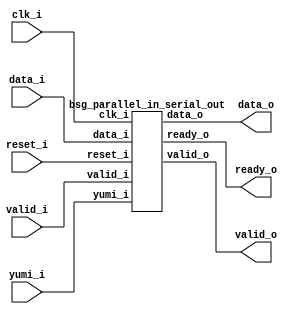


module top
(
  clk_i,
  reset_i,
  valid_i,
  data_i,
  ready_o,
  valid_o,
  data_o,
  yumi_i
);

  input [511:0] data_i;
  output [15:0] data_o;
  input clk_i;
  input reset_i;
  input valid_i;
  input yumi_i;
  output ready_o;
  output valid_o;

  bsg_parallel_in_serial_out
  wrapper
  (
    .data_i(data_i),
    .data_o(data_o),
    .clk_i(clk_i),
    .reset_i(reset_i),
    .valid_i(valid_i),
    .yumi_i(yumi_i),
    .ready_o(ready_o),
    .valid_o(valid_o)
  );


endmodule



module bsg_parallel_in_serial_out
(
  clk_i,
  reset_i,
  valid_i,
  data_i,
  ready_o,
  valid_o,
  data_o,
  yumi_i
);

  input [511:0] data_i;
  output [15:0] data_o;
  input clk_i;
  input reset_i;
  input valid_i;
  input yumi_i;
  output ready_o;
  output valid_o;
  wire [15:0] data_o;
  wire ready_o,N0,N1,piso_done_tx_n,N2,N3,N4,N5,N6,N7,N8,N9,N10,N11,N12,N13,N14,N15,
  N16,N17,N18,N19,N20,N21,N22,N23,N24,N25,N26,N27,N28,N29,N30,N31,N32,N33,N34,N35,
  N36,N37,N38,N39,N40,N41,N42,N43,N44,N45,N46,N47,N48,N49,N50,N51,N52,N53,N54,N55,
  N56,N57,N58,N59,N60,N61,N62,N63,N64,N65,N66,N67,N68,N69,N70,N71,N72,N73,N74,N75,
  N76,N77,N78,N79,N80,N81,N82,N83,N84,N85,N86,N87,N88,N89,N90,N91,N92,N93,N94,N95;
  wire [0:0] piso_state_n;
  reg valid_o;
  reg [511:0] piso_data_r;
  reg [4:0] piso_shift_ctr_r;
  assign data_o[15] = (N54)? piso_data_r[15] : 
                      (N56)? piso_data_r[31] : 
                      (N58)? piso_data_r[47] : 
                      (N60)? piso_data_r[63] : 
                      (N62)? piso_data_r[79] : 
                      (N64)? piso_data_r[95] : 
                      (N66)? piso_data_r[111] : 
                      (N68)? piso_data_r[127] : 
                      (N70)? piso_data_r[143] : 
                      (N72)? piso_data_r[159] : 
                      (N74)? piso_data_r[175] : 
                      (N76)? piso_data_r[191] : 
                      (N78)? piso_data_r[207] : 
                      (N80)? piso_data_r[223] : 
                      (N82)? piso_data_r[239] : 
                      (N84)? piso_data_r[255] : 
                      (N55)? piso_data_r[271] : 
                      (N57)? piso_data_r[287] : 
                      (N59)? piso_data_r[303] : 
                      (N61)? piso_data_r[319] : 
                      (N63)? piso_data_r[335] : 
                      (N65)? piso_data_r[351] : 
                      (N67)? piso_data_r[367] : 
                      (N69)? piso_data_r[383] : 
                      (N71)? piso_data_r[399] : 
                      (N73)? piso_data_r[415] : 
                      (N75)? piso_data_r[431] : 
                      (N77)? piso_data_r[447] : 
                      (N79)? piso_data_r[463] : 
                      (N81)? piso_data_r[479] : 
                      (N83)? piso_data_r[495] : 
                      (N85)? piso_data_r[511] : 1'b0;
  assign data_o[14] = (N54)? piso_data_r[14] : 
                      (N56)? piso_data_r[30] : 
                      (N58)? piso_data_r[46] : 
                      (N60)? piso_data_r[62] : 
                      (N62)? piso_data_r[78] : 
                      (N64)? piso_data_r[94] : 
                      (N66)? piso_data_r[110] : 
                      (N68)? piso_data_r[126] : 
                      (N70)? piso_data_r[142] : 
                      (N72)? piso_data_r[158] : 
                      (N74)? piso_data_r[174] : 
                      (N76)? piso_data_r[190] : 
                      (N78)? piso_data_r[206] : 
                      (N80)? piso_data_r[222] : 
                      (N82)? piso_data_r[238] : 
                      (N84)? piso_data_r[254] : 
                      (N55)? piso_data_r[270] : 
                      (N57)? piso_data_r[286] : 
                      (N59)? piso_data_r[302] : 
                      (N61)? piso_data_r[318] : 
                      (N63)? piso_data_r[334] : 
                      (N65)? piso_data_r[350] : 
                      (N67)? piso_data_r[366] : 
                      (N69)? piso_data_r[382] : 
                      (N71)? piso_data_r[398] : 
                      (N73)? piso_data_r[414] : 
                      (N75)? piso_data_r[430] : 
                      (N77)? piso_data_r[446] : 
                      (N79)? piso_data_r[462] : 
                      (N81)? piso_data_r[478] : 
                      (N83)? piso_data_r[494] : 
                      (N85)? piso_data_r[510] : 1'b0;
  assign data_o[13] = (N54)? piso_data_r[13] : 
                      (N56)? piso_data_r[29] : 
                      (N58)? piso_data_r[45] : 
                      (N60)? piso_data_r[61] : 
                      (N62)? piso_data_r[77] : 
                      (N64)? piso_data_r[93] : 
                      (N66)? piso_data_r[109] : 
                      (N68)? piso_data_r[125] : 
                      (N70)? piso_data_r[141] : 
                      (N72)? piso_data_r[157] : 
                      (N74)? piso_data_r[173] : 
                      (N76)? piso_data_r[189] : 
                      (N78)? piso_data_r[205] : 
                      (N80)? piso_data_r[221] : 
                      (N82)? piso_data_r[237] : 
                      (N84)? piso_data_r[253] : 
                      (N55)? piso_data_r[269] : 
                      (N57)? piso_data_r[285] : 
                      (N59)? piso_data_r[301] : 
                      (N61)? piso_data_r[317] : 
                      (N63)? piso_data_r[333] : 
                      (N65)? piso_data_r[349] : 
                      (N67)? piso_data_r[365] : 
                      (N69)? piso_data_r[381] : 
                      (N71)? piso_data_r[397] : 
                      (N73)? piso_data_r[413] : 
                      (N75)? piso_data_r[429] : 
                      (N77)? piso_data_r[445] : 
                      (N79)? piso_data_r[461] : 
                      (N81)? piso_data_r[477] : 
                      (N83)? piso_data_r[493] : 
                      (N85)? piso_data_r[509] : 1'b0;
  assign data_o[12] = (N54)? piso_data_r[12] : 
                      (N56)? piso_data_r[28] : 
                      (N58)? piso_data_r[44] : 
                      (N60)? piso_data_r[60] : 
                      (N62)? piso_data_r[76] : 
                      (N64)? piso_data_r[92] : 
                      (N66)? piso_data_r[108] : 
                      (N68)? piso_data_r[124] : 
                      (N70)? piso_data_r[140] : 
                      (N72)? piso_data_r[156] : 
                      (N74)? piso_data_r[172] : 
                      (N76)? piso_data_r[188] : 
                      (N78)? piso_data_r[204] : 
                      (N80)? piso_data_r[220] : 
                      (N82)? piso_data_r[236] : 
                      (N84)? piso_data_r[252] : 
                      (N55)? piso_data_r[268] : 
                      (N57)? piso_data_r[284] : 
                      (N59)? piso_data_r[300] : 
                      (N61)? piso_data_r[316] : 
                      (N63)? piso_data_r[332] : 
                      (N65)? piso_data_r[348] : 
                      (N67)? piso_data_r[364] : 
                      (N69)? piso_data_r[380] : 
                      (N71)? piso_data_r[396] : 
                      (N73)? piso_data_r[412] : 
                      (N75)? piso_data_r[428] : 
                      (N77)? piso_data_r[444] : 
                      (N79)? piso_data_r[460] : 
                      (N81)? piso_data_r[476] : 
                      (N83)? piso_data_r[492] : 
                      (N85)? piso_data_r[508] : 1'b0;
  assign data_o[11] = (N54)? piso_data_r[11] : 
                      (N56)? piso_data_r[27] : 
                      (N58)? piso_data_r[43] : 
                      (N60)? piso_data_r[59] : 
                      (N62)? piso_data_r[75] : 
                      (N64)? piso_data_r[91] : 
                      (N66)? piso_data_r[107] : 
                      (N68)? piso_data_r[123] : 
                      (N70)? piso_data_r[139] : 
                      (N72)? piso_data_r[155] : 
                      (N74)? piso_data_r[171] : 
                      (N76)? piso_data_r[187] : 
                      (N78)? piso_data_r[203] : 
                      (N80)? piso_data_r[219] : 
                      (N82)? piso_data_r[235] : 
                      (N84)? piso_data_r[251] : 
                      (N55)? piso_data_r[267] : 
                      (N57)? piso_data_r[283] : 
                      (N59)? piso_data_r[299] : 
                      (N61)? piso_data_r[315] : 
                      (N63)? piso_data_r[331] : 
                      (N65)? piso_data_r[347] : 
                      (N67)? piso_data_r[363] : 
                      (N69)? piso_data_r[379] : 
                      (N71)? piso_data_r[395] : 
                      (N73)? piso_data_r[411] : 
                      (N75)? piso_data_r[427] : 
                      (N77)? piso_data_r[443] : 
                      (N79)? piso_data_r[459] : 
                      (N81)? piso_data_r[475] : 
                      (N83)? piso_data_r[491] : 
                      (N85)? piso_data_r[507] : 1'b0;
  assign data_o[10] = (N54)? piso_data_r[10] : 
                      (N56)? piso_data_r[26] : 
                      (N58)? piso_data_r[42] : 
                      (N60)? piso_data_r[58] : 
                      (N62)? piso_data_r[74] : 
                      (N64)? piso_data_r[90] : 
                      (N66)? piso_data_r[106] : 
                      (N68)? piso_data_r[122] : 
                      (N70)? piso_data_r[138] : 
                      (N72)? piso_data_r[154] : 
                      (N74)? piso_data_r[170] : 
                      (N76)? piso_data_r[186] : 
                      (N78)? piso_data_r[202] : 
                      (N80)? piso_data_r[218] : 
                      (N82)? piso_data_r[234] : 
                      (N84)? piso_data_r[250] : 
                      (N55)? piso_data_r[266] : 
                      (N57)? piso_data_r[282] : 
                      (N59)? piso_data_r[298] : 
                      (N61)? piso_data_r[314] : 
                      (N63)? piso_data_r[330] : 
                      (N65)? piso_data_r[346] : 
                      (N67)? piso_data_r[362] : 
                      (N69)? piso_data_r[378] : 
                      (N71)? piso_data_r[394] : 
                      (N73)? piso_data_r[410] : 
                      (N75)? piso_data_r[426] : 
                      (N77)? piso_data_r[442] : 
                      (N79)? piso_data_r[458] : 
                      (N81)? piso_data_r[474] : 
                      (N83)? piso_data_r[490] : 
                      (N85)? piso_data_r[506] : 1'b0;
  assign data_o[9] = (N54)? piso_data_r[9] : 
                     (N56)? piso_data_r[25] : 
                     (N58)? piso_data_r[41] : 
                     (N60)? piso_data_r[57] : 
                     (N62)? piso_data_r[73] : 
                     (N64)? piso_data_r[89] : 
                     (N66)? piso_data_r[105] : 
                     (N68)? piso_data_r[121] : 
                     (N70)? piso_data_r[137] : 
                     (N72)? piso_data_r[153] : 
                     (N74)? piso_data_r[169] : 
                     (N76)? piso_data_r[185] : 
                     (N78)? piso_data_r[201] : 
                     (N80)? piso_data_r[217] : 
                     (N82)? piso_data_r[233] : 
                     (N84)? piso_data_r[249] : 
                     (N55)? piso_data_r[265] : 
                     (N57)? piso_data_r[281] : 
                     (N59)? piso_data_r[297] : 
                     (N61)? piso_data_r[313] : 
                     (N63)? piso_data_r[329] : 
                     (N65)? piso_data_r[345] : 
                     (N67)? piso_data_r[361] : 
                     (N69)? piso_data_r[377] : 
                     (N71)? piso_data_r[393] : 
                     (N73)? piso_data_r[409] : 
                     (N75)? piso_data_r[425] : 
                     (N77)? piso_data_r[441] : 
                     (N79)? piso_data_r[457] : 
                     (N81)? piso_data_r[473] : 
                     (N83)? piso_data_r[489] : 
                     (N85)? piso_data_r[505] : 1'b0;
  assign data_o[8] = (N54)? piso_data_r[8] : 
                     (N56)? piso_data_r[24] : 
                     (N58)? piso_data_r[40] : 
                     (N60)? piso_data_r[56] : 
                     (N62)? piso_data_r[72] : 
                     (N64)? piso_data_r[88] : 
                     (N66)? piso_data_r[104] : 
                     (N68)? piso_data_r[120] : 
                     (N70)? piso_data_r[136] : 
                     (N72)? piso_data_r[152] : 
                     (N74)? piso_data_r[168] : 
                     (N76)? piso_data_r[184] : 
                     (N78)? piso_data_r[200] : 
                     (N80)? piso_data_r[216] : 
                     (N82)? piso_data_r[232] : 
                     (N84)? piso_data_r[248] : 
                     (N55)? piso_data_r[264] : 
                     (N57)? piso_data_r[280] : 
                     (N59)? piso_data_r[296] : 
                     (N61)? piso_data_r[312] : 
                     (N63)? piso_data_r[328] : 
                     (N65)? piso_data_r[344] : 
                     (N67)? piso_data_r[360] : 
                     (N69)? piso_data_r[376] : 
                     (N71)? piso_data_r[392] : 
                     (N73)? piso_data_r[408] : 
                     (N75)? piso_data_r[424] : 
                     (N77)? piso_data_r[440] : 
                     (N79)? piso_data_r[456] : 
                     (N81)? piso_data_r[472] : 
                     (N83)? piso_data_r[488] : 
                     (N85)? piso_data_r[504] : 1'b0;
  assign data_o[7] = (N54)? piso_data_r[7] : 
                     (N56)? piso_data_r[23] : 
                     (N58)? piso_data_r[39] : 
                     (N60)? piso_data_r[55] : 
                     (N62)? piso_data_r[71] : 
                     (N64)? piso_data_r[87] : 
                     (N66)? piso_data_r[103] : 
                     (N68)? piso_data_r[119] : 
                     (N70)? piso_data_r[135] : 
                     (N72)? piso_data_r[151] : 
                     (N74)? piso_data_r[167] : 
                     (N76)? piso_data_r[183] : 
                     (N78)? piso_data_r[199] : 
                     (N80)? piso_data_r[215] : 
                     (N82)? piso_data_r[231] : 
                     (N84)? piso_data_r[247] : 
                     (N55)? piso_data_r[263] : 
                     (N57)? piso_data_r[279] : 
                     (N59)? piso_data_r[295] : 
                     (N61)? piso_data_r[311] : 
                     (N63)? piso_data_r[327] : 
                     (N65)? piso_data_r[343] : 
                     (N67)? piso_data_r[359] : 
                     (N69)? piso_data_r[375] : 
                     (N71)? piso_data_r[391] : 
                     (N73)? piso_data_r[407] : 
                     (N75)? piso_data_r[423] : 
                     (N77)? piso_data_r[439] : 
                     (N79)? piso_data_r[455] : 
                     (N81)? piso_data_r[471] : 
                     (N83)? piso_data_r[487] : 
                     (N85)? piso_data_r[503] : 1'b0;
  assign data_o[6] = (N54)? piso_data_r[6] : 
                     (N56)? piso_data_r[22] : 
                     (N58)? piso_data_r[38] : 
                     (N60)? piso_data_r[54] : 
                     (N62)? piso_data_r[70] : 
                     (N64)? piso_data_r[86] : 
                     (N66)? piso_data_r[102] : 
                     (N68)? piso_data_r[118] : 
                     (N70)? piso_data_r[134] : 
                     (N72)? piso_data_r[150] : 
                     (N74)? piso_data_r[166] : 
                     (N76)? piso_data_r[182] : 
                     (N78)? piso_data_r[198] : 
                     (N80)? piso_data_r[214] : 
                     (N82)? piso_data_r[230] : 
                     (N84)? piso_data_r[246] : 
                     (N55)? piso_data_r[262] : 
                     (N57)? piso_data_r[278] : 
                     (N59)? piso_data_r[294] : 
                     (N61)? piso_data_r[310] : 
                     (N63)? piso_data_r[326] : 
                     (N65)? piso_data_r[342] : 
                     (N67)? piso_data_r[358] : 
                     (N69)? piso_data_r[374] : 
                     (N71)? piso_data_r[390] : 
                     (N73)? piso_data_r[406] : 
                     (N75)? piso_data_r[422] : 
                     (N77)? piso_data_r[438] : 
                     (N79)? piso_data_r[454] : 
                     (N81)? piso_data_r[470] : 
                     (N83)? piso_data_r[486] : 
                     (N85)? piso_data_r[502] : 1'b0;
  assign data_o[5] = (N54)? piso_data_r[5] : 
                     (N56)? piso_data_r[21] : 
                     (N58)? piso_data_r[37] : 
                     (N60)? piso_data_r[53] : 
                     (N62)? piso_data_r[69] : 
                     (N64)? piso_data_r[85] : 
                     (N66)? piso_data_r[101] : 
                     (N68)? piso_data_r[117] : 
                     (N70)? piso_data_r[133] : 
                     (N72)? piso_data_r[149] : 
                     (N74)? piso_data_r[165] : 
                     (N76)? piso_data_r[181] : 
                     (N78)? piso_data_r[197] : 
                     (N80)? piso_data_r[213] : 
                     (N82)? piso_data_r[229] : 
                     (N84)? piso_data_r[245] : 
                     (N55)? piso_data_r[261] : 
                     (N57)? piso_data_r[277] : 
                     (N59)? piso_data_r[293] : 
                     (N61)? piso_data_r[309] : 
                     (N63)? piso_data_r[325] : 
                     (N65)? piso_data_r[341] : 
                     (N67)? piso_data_r[357] : 
                     (N69)? piso_data_r[373] : 
                     (N71)? piso_data_r[389] : 
                     (N73)? piso_data_r[405] : 
                     (N75)? piso_data_r[421] : 
                     (N77)? piso_data_r[437] : 
                     (N79)? piso_data_r[453] : 
                     (N81)? piso_data_r[469] : 
                     (N83)? piso_data_r[485] : 
                     (N85)? piso_data_r[501] : 1'b0;
  assign data_o[4] = (N54)? piso_data_r[4] : 
                     (N56)? piso_data_r[20] : 
                     (N58)? piso_data_r[36] : 
                     (N60)? piso_data_r[52] : 
                     (N62)? piso_data_r[68] : 
                     (N64)? piso_data_r[84] : 
                     (N66)? piso_data_r[100] : 
                     (N68)? piso_data_r[116] : 
                     (N70)? piso_data_r[132] : 
                     (N72)? piso_data_r[148] : 
                     (N74)? piso_data_r[164] : 
                     (N76)? piso_data_r[180] : 
                     (N78)? piso_data_r[196] : 
                     (N80)? piso_data_r[212] : 
                     (N82)? piso_data_r[228] : 
                     (N84)? piso_data_r[244] : 
                     (N55)? piso_data_r[260] : 
                     (N57)? piso_data_r[276] : 
                     (N59)? piso_data_r[292] : 
                     (N61)? piso_data_r[308] : 
                     (N63)? piso_data_r[324] : 
                     (N65)? piso_data_r[340] : 
                     (N67)? piso_data_r[356] : 
                     (N69)? piso_data_r[372] : 
                     (N71)? piso_data_r[388] : 
                     (N73)? piso_data_r[404] : 
                     (N75)? piso_data_r[420] : 
                     (N77)? piso_data_r[436] : 
                     (N79)? piso_data_r[452] : 
                     (N81)? piso_data_r[468] : 
                     (N83)? piso_data_r[484] : 
                     (N85)? piso_data_r[500] : 1'b0;
  assign data_o[3] = (N54)? piso_data_r[3] : 
                     (N56)? piso_data_r[19] : 
                     (N58)? piso_data_r[35] : 
                     (N60)? piso_data_r[51] : 
                     (N62)? piso_data_r[67] : 
                     (N64)? piso_data_r[83] : 
                     (N66)? piso_data_r[99] : 
                     (N68)? piso_data_r[115] : 
                     (N70)? piso_data_r[131] : 
                     (N72)? piso_data_r[147] : 
                     (N74)? piso_data_r[163] : 
                     (N76)? piso_data_r[179] : 
                     (N78)? piso_data_r[195] : 
                     (N80)? piso_data_r[211] : 
                     (N82)? piso_data_r[227] : 
                     (N84)? piso_data_r[243] : 
                     (N55)? piso_data_r[259] : 
                     (N57)? piso_data_r[275] : 
                     (N59)? piso_data_r[291] : 
                     (N61)? piso_data_r[307] : 
                     (N63)? piso_data_r[323] : 
                     (N65)? piso_data_r[339] : 
                     (N67)? piso_data_r[355] : 
                     (N69)? piso_data_r[371] : 
                     (N71)? piso_data_r[387] : 
                     (N73)? piso_data_r[403] : 
                     (N75)? piso_data_r[419] : 
                     (N77)? piso_data_r[435] : 
                     (N79)? piso_data_r[451] : 
                     (N81)? piso_data_r[467] : 
                     (N83)? piso_data_r[483] : 
                     (N85)? piso_data_r[499] : 1'b0;
  assign data_o[2] = (N54)? piso_data_r[2] : 
                     (N56)? piso_data_r[18] : 
                     (N58)? piso_data_r[34] : 
                     (N60)? piso_data_r[50] : 
                     (N62)? piso_data_r[66] : 
                     (N64)? piso_data_r[82] : 
                     (N66)? piso_data_r[98] : 
                     (N68)? piso_data_r[114] : 
                     (N70)? piso_data_r[130] : 
                     (N72)? piso_data_r[146] : 
                     (N74)? piso_data_r[162] : 
                     (N76)? piso_data_r[178] : 
                     (N78)? piso_data_r[194] : 
                     (N80)? piso_data_r[210] : 
                     (N82)? piso_data_r[226] : 
                     (N84)? piso_data_r[242] : 
                     (N55)? piso_data_r[258] : 
                     (N57)? piso_data_r[274] : 
                     (N59)? piso_data_r[290] : 
                     (N61)? piso_data_r[306] : 
                     (N63)? piso_data_r[322] : 
                     (N65)? piso_data_r[338] : 
                     (N67)? piso_data_r[354] : 
                     (N69)? piso_data_r[370] : 
                     (N71)? piso_data_r[386] : 
                     (N73)? piso_data_r[402] : 
                     (N75)? piso_data_r[418] : 
                     (N77)? piso_data_r[434] : 
                     (N79)? piso_data_r[450] : 
                     (N81)? piso_data_r[466] : 
                     (N83)? piso_data_r[482] : 
                     (N85)? piso_data_r[498] : 1'b0;
  assign data_o[1] = (N54)? piso_data_r[1] : 
                     (N56)? piso_data_r[17] : 
                     (N58)? piso_data_r[33] : 
                     (N60)? piso_data_r[49] : 
                     (N62)? piso_data_r[65] : 
                     (N64)? piso_data_r[81] : 
                     (N66)? piso_data_r[97] : 
                     (N68)? piso_data_r[113] : 
                     (N70)? piso_data_r[129] : 
                     (N72)? piso_data_r[145] : 
                     (N74)? piso_data_r[161] : 
                     (N76)? piso_data_r[177] : 
                     (N78)? piso_data_r[193] : 
                     (N80)? piso_data_r[209] : 
                     (N82)? piso_data_r[225] : 
                     (N84)? piso_data_r[241] : 
                     (N55)? piso_data_r[257] : 
                     (N57)? piso_data_r[273] : 
                     (N59)? piso_data_r[289] : 
                     (N61)? piso_data_r[305] : 
                     (N63)? piso_data_r[321] : 
                     (N65)? piso_data_r[337] : 
                     (N67)? piso_data_r[353] : 
                     (N69)? piso_data_r[369] : 
                     (N71)? piso_data_r[385] : 
                     (N73)? piso_data_r[401] : 
                     (N75)? piso_data_r[417] : 
                     (N77)? piso_data_r[433] : 
                     (N79)? piso_data_r[449] : 
                     (N81)? piso_data_r[465] : 
                     (N83)? piso_data_r[481] : 
                     (N85)? piso_data_r[497] : 1'b0;
  assign data_o[0] = (N54)? piso_data_r[0] : 
                     (N56)? piso_data_r[16] : 
                     (N58)? piso_data_r[32] : 
                     (N60)? piso_data_r[48] : 
                     (N62)? piso_data_r[64] : 
                     (N64)? piso_data_r[80] : 
                     (N66)? piso_data_r[96] : 
                     (N68)? piso_data_r[112] : 
                     (N70)? piso_data_r[128] : 
                     (N72)? piso_data_r[144] : 
                     (N74)? piso_data_r[160] : 
                     (N76)? piso_data_r[176] : 
                     (N78)? piso_data_r[192] : 
                     (N80)? piso_data_r[208] : 
                     (N82)? piso_data_r[224] : 
                     (N84)? piso_data_r[240] : 
                     (N55)? piso_data_r[256] : 
                     (N57)? piso_data_r[272] : 
                     (N59)? piso_data_r[288] : 
                     (N61)? piso_data_r[304] : 
                     (N63)? piso_data_r[320] : 
                     (N65)? piso_data_r[336] : 
                     (N67)? piso_data_r[352] : 
                     (N69)? piso_data_r[368] : 
                     (N71)? piso_data_r[384] : 
                     (N73)? piso_data_r[400] : 
                     (N75)? piso_data_r[416] : 
                     (N77)? piso_data_r[432] : 
                     (N79)? piso_data_r[448] : 
                     (N81)? piso_data_r[464] : 
                     (N83)? piso_data_r[480] : 
                     (N85)? piso_data_r[496] : 1'b0;
  assign N88 = ~valid_o;
  assign N89 = piso_shift_ctr_r[3] & piso_shift_ctr_r[4];
  assign N90 = piso_shift_ctr_r[2] & N89;
  assign N91 = piso_shift_ctr_r[1] & N90;
  assign N92 = piso_shift_ctr_r[0] & N91;
  assign { N20, N19, N18, N17, N16 } = piso_shift_ctr_r + 1'b1;
  assign piso_state_n[0] = (N0)? 1'b1 : 
                           (N5)? 1'b0 : 1'b0;
  assign N0 = N2;
  assign { N13, N12, N11, N10, N9 } = (N1)? { 1'b0, 1'b0, 1'b0, 1'b0, 1'b0 } : 
                                      (N8)? { N20, N19, N18, N17, N16 } : 1'b0;
  assign N1 = N7;
  assign piso_done_tx_n = N93 & yumi_i;
  assign N93 = valid_o & N92;
  assign ready_o = N88 | piso_done_tx_n;
  assign N2 = ready_o & valid_i;
  assign N3 = piso_done_tx_n | N2;
  assign N4 = ~N2;
  assign N5 = piso_done_tx_n & N4;
  assign N6 = ready_o & valid_i;
  assign N7 = ready_o & valid_i;
  assign N8 = ~N7;
  assign N14 = N94 & N95;
  assign N94 = valid_o & yumi_i;
  assign N95 = ~piso_done_tx_n;
  assign N15 = ~N14;
  assign N21 = ~piso_shift_ctr_r[0];
  assign N22 = ~piso_shift_ctr_r[1];
  assign N23 = N21 & N22;
  assign N24 = N21 & piso_shift_ctr_r[1];
  assign N25 = piso_shift_ctr_r[0] & N22;
  assign N26 = piso_shift_ctr_r[0] & piso_shift_ctr_r[1];
  assign N27 = ~piso_shift_ctr_r[2];
  assign N28 = N23 & N27;
  assign N29 = N23 & piso_shift_ctr_r[2];
  assign N30 = N25 & N27;
  assign N31 = N25 & piso_shift_ctr_r[2];
  assign N32 = N24 & N27;
  assign N33 = N24 & piso_shift_ctr_r[2];
  assign N34 = N26 & N27;
  assign N35 = N26 & piso_shift_ctr_r[2];
  assign N36 = ~piso_shift_ctr_r[3];
  assign N37 = N28 & N36;
  assign N38 = N28 & piso_shift_ctr_r[3];
  assign N39 = N30 & N36;
  assign N40 = N30 & piso_shift_ctr_r[3];
  assign N41 = N32 & N36;
  assign N42 = N32 & piso_shift_ctr_r[3];
  assign N43 = N34 & N36;
  assign N44 = N34 & piso_shift_ctr_r[3];
  assign N45 = N29 & N36;
  assign N46 = N29 & piso_shift_ctr_r[3];
  assign N47 = N31 & N36;
  assign N48 = N31 & piso_shift_ctr_r[3];
  assign N49 = N33 & N36;
  assign N50 = N33 & piso_shift_ctr_r[3];
  assign N51 = N35 & N36;
  assign N52 = N35 & piso_shift_ctr_r[3];
  assign N53 = ~piso_shift_ctr_r[4];
  assign N54 = N37 & N53;
  assign N55 = N37 & piso_shift_ctr_r[4];
  assign N56 = N39 & N53;
  assign N57 = N39 & piso_shift_ctr_r[4];
  assign N58 = N41 & N53;
  assign N59 = N41 & piso_shift_ctr_r[4];
  assign N60 = N43 & N53;
  assign N61 = N43 & piso_shift_ctr_r[4];
  assign N62 = N45 & N53;
  assign N63 = N45 & piso_shift_ctr_r[4];
  assign N64 = N47 & N53;
  assign N65 = N47 & piso_shift_ctr_r[4];
  assign N66 = N49 & N53;
  assign N67 = N49 & piso_shift_ctr_r[4];
  assign N68 = N51 & N53;
  assign N69 = N51 & piso_shift_ctr_r[4];
  assign N70 = N38 & N53;
  assign N71 = N38 & piso_shift_ctr_r[4];
  assign N72 = N40 & N53;
  assign N73 = N40 & piso_shift_ctr_r[4];
  assign N74 = N42 & N53;
  assign N75 = N42 & piso_shift_ctr_r[4];
  assign N76 = N44 & N53;
  assign N77 = N44 & piso_shift_ctr_r[4];
  assign N78 = N46 & N53;
  assign N79 = N46 & piso_shift_ctr_r[4];
  assign N80 = N48 & N53;
  assign N81 = N48 & piso_shift_ctr_r[4];
  assign N82 = N50 & N53;
  assign N83 = N50 & piso_shift_ctr_r[4];
  assign N84 = N52 & N53;
  assign N85 = N52 & piso_shift_ctr_r[4];
  assign N86 = N15 & N8;
  assign N87 = ~N86;

  always @(posedge clk_i) begin
    if(reset_i) begin
      valid_o <= 1'b0;
    end else if(N3) begin
      valid_o <= piso_state_n[0];
    end 
    if(reset_i) begin
      { piso_data_r[511:0] } <= { 1'b0, 1'b0, 1'b0, 1'b0, 1'b0, 1'b0, 1'b0, 1'b0, 1'b0, 1'b0, 1'b0, 1'b0, 1'b0, 1'b0, 1'b0, 1'b0, 1'b0, 1'b0, 1'b0, 1'b0, 1'b0, 1'b0, 1'b0, 1'b0, 1'b0, 1'b0, 1'b0, 1'b0, 1'b0, 1'b0, 1'b0, 1'b0, 1'b0, 1'b0, 1'b0, 1'b0, 1'b0, 1'b0, 1'b0, 1'b0, 1'b0, 1'b0, 1'b0, 1'b0, 1'b0, 1'b0, 1'b0, 1'b0, 1'b0, 1'b0, 1'b0, 1'b0, 1'b0, 1'b0, 1'b0, 1'b0, 1'b0, 1'b0, 1'b0, 1'b0, 1'b0, 1'b0, 1'b0, 1'b0, 1'b0, 1'b0, 1'b0, 1'b0, 1'b0, 1'b0, 1'b0, 1'b0, 1'b0, 1'b0, 1'b0, 1'b0, 1'b0, 1'b0, 1'b0, 1'b0, 1'b0, 1'b0, 1'b0, 1'b0, 1'b0, 1'b0, 1'b0, 1'b0, 1'b0, 1'b0, 1'b0, 1'b0, 1'b0, 1'b0, 1'b0, 1'b0, 1'b0, 1'b0, 1'b0, 1'b0, 1'b0, 1'b0, 1'b0, 1'b0, 1'b0, 1'b0, 1'b0, 1'b0, 1'b0, 1'b0, 1'b0, 1'b0, 1'b0, 1'b0, 1'b0, 1'b0, 1'b0, 1'b0, 1'b0, 1'b0, 1'b0, 1'b0, 1'b0, 1'b0, 1'b0, 1'b0, 1'b0, 1'b0, 1'b0, 1'b0, 1'b0, 1'b0, 1'b0, 1'b0, 1'b0, 1'b0, 1'b0, 1'b0, 1'b0, 1'b0, 1'b0, 1'b0, 1'b0, 1'b0, 1'b0, 1'b0, 1'b0, 1'b0, 1'b0, 1'b0, 1'b0, 1'b0, 1'b0, 1'b0, 1'b0, 1'b0, 1'b0, 1'b0, 1'b0, 1'b0, 1'b0, 1'b0, 1'b0, 1'b0, 1'b0, 1'b0, 1'b0, 1'b0, 1'b0, 1'b0, 1'b0, 1'b0, 1'b0, 1'b0, 1'b0, 1'b0, 1'b0, 1'b0, 1'b0, 1'b0, 1'b0, 1'b0, 1'b0, 1'b0, 1'b0, 1'b0, 1'b0, 1'b0, 1'b0, 1'b0, 1'b0, 1'b0, 1'b0, 1'b0, 1'b0, 1'b0, 1'b0, 1'b0, 1'b0, 1'b0, 1'b0, 1'b0, 1'b0, 1'b0, 1'b0, 1'b0, 1'b0, 1'b0, 1'b0, 1'b0, 1'b0, 1'b0, 1'b0, 1'b0, 1'b0, 1'b0, 1'b0, 1'b0, 1'b0, 1'b0, 1'b0, 1'b0, 1'b0, 1'b0, 1'b0, 1'b0, 1'b0, 1'b0, 1'b0, 1'b0, 1'b0, 1'b0, 1'b0, 1'b0, 1'b0, 1'b0, 1'b0, 1'b0, 1'b0, 1'b0, 1'b0, 1'b0, 1'b0, 1'b0, 1'b0, 1'b0, 1'b0, 1'b0, 1'b0, 1'b0, 1'b0, 1'b0, 1'b0, 1'b0, 1'b0, 1'b0, 1'b0, 1'b0, 1'b0, 1'b0, 1'b0, 1'b0, 1'b0, 1'b0, 1'b0, 1'b0, 1'b0, 1'b0, 1'b0, 1'b0, 1'b0, 1'b0, 1'b0, 1'b0, 1'b0, 1'b0, 1'b0, 1'b0, 1'b0, 1'b0, 1'b0, 1'b0, 1'b0, 1'b0, 1'b0, 1'b0, 1'b0, 1'b0, 1'b0, 1'b0, 1'b0, 1'b0, 1'b0, 1'b0, 1'b0, 1'b0, 1'b0, 1'b0, 1'b0, 1'b0, 1'b0, 1'b0, 1'b0, 1'b0, 1'b0, 1'b0, 1'b0, 1'b0, 1'b0, 1'b0, 1'b0, 1'b0, 1'b0, 1'b0, 1'b0, 1'b0, 1'b0, 1'b0, 1'b0, 1'b0, 1'b0, 1'b0, 1'b0, 1'b0, 1'b0, 1'b0, 1'b0, 1'b0, 1'b0, 1'b0, 1'b0, 1'b0, 1'b0, 1'b0, 1'b0, 1'b0, 1'b0, 1'b0, 1'b0, 1'b0, 1'b0, 1'b0, 1'b0, 1'b0, 1'b0, 1'b0, 1'b0, 1'b0, 1'b0, 1'b0, 1'b0, 1'b0, 1'b0, 1'b0, 1'b0, 1'b0, 1'b0, 1'b0, 1'b0, 1'b0, 1'b0, 1'b0, 1'b0, 1'b0, 1'b0, 1'b0, 1'b0, 1'b0, 1'b0, 1'b0, 1'b0, 1'b0, 1'b0, 1'b0, 1'b0, 1'b0, 1'b0, 1'b0, 1'b0, 1'b0, 1'b0, 1'b0, 1'b0, 1'b0, 1'b0, 1'b0, 1'b0, 1'b0, 1'b0, 1'b0, 1'b0, 1'b0, 1'b0, 1'b0, 1'b0, 1'b0, 1'b0, 1'b0, 1'b0, 1'b0, 1'b0, 1'b0, 1'b0, 1'b0, 1'b0, 1'b0, 1'b0, 1'b0, 1'b0, 1'b0, 1'b0, 1'b0, 1'b0, 1'b0, 1'b0, 1'b0, 1'b0, 1'b0, 1'b0, 1'b0, 1'b0, 1'b0, 1'b0, 1'b0, 1'b0, 1'b0, 1'b0, 1'b0, 1'b0, 1'b0, 1'b0, 1'b0, 1'b0, 1'b0, 1'b0, 1'b0, 1'b0, 1'b0, 1'b0, 1'b0, 1'b0, 1'b0, 1'b0, 1'b0, 1'b0, 1'b0, 1'b0, 1'b0, 1'b0, 1'b0, 1'b0, 1'b0, 1'b0, 1'b0, 1'b0, 1'b0, 1'b0, 1'b0, 1'b0, 1'b0, 1'b0, 1'b0, 1'b0, 1'b0, 1'b0, 1'b0, 1'b0, 1'b0, 1'b0, 1'b0, 1'b0, 1'b0, 1'b0, 1'b0, 1'b0, 1'b0, 1'b0, 1'b0, 1'b0, 1'b0, 1'b0, 1'b0, 1'b0, 1'b0, 1'b0, 1'b0, 1'b0, 1'b0, 1'b0, 1'b0, 1'b0, 1'b0, 1'b0, 1'b0, 1'b0, 1'b0, 1'b0, 1'b0, 1'b0, 1'b0, 1'b0, 1'b0, 1'b0, 1'b0, 1'b0, 1'b0, 1'b0, 1'b0, 1'b0, 1'b0, 1'b0, 1'b0 };
    end else if(N6) begin
      { piso_data_r[511:0] } <= { data_i[511:0] };
    end 
    if(reset_i) begin
      { piso_shift_ctr_r[4:0] } <= { 1'b0, 1'b0, 1'b0, 1'b0, 1'b0 };
    end else if(N87) begin
      { piso_shift_ctr_r[4:0] } <= { N13, N12, N11, N10, N9 };
    end 
  end


endmodule